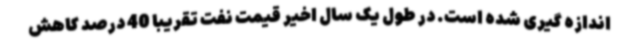
اندازه گیری شده است. در طول یک سال اخیر قیمت نفت تقریبا 40 درصد کاهش